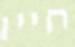
חייו